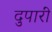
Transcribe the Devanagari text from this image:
दुपारीं